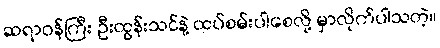
ဆရာဝန်ကြီး ဦးထွန်းသင်နဲ့ ထပ်စမ်းပါစေလို့ မှာလိုက်ပါသတဲ့။